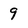
Character: 9